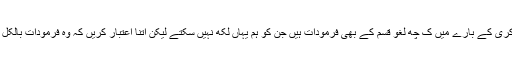
ا ن کے نوکری کے بارے میں ک چھ لغو قسم کے بھی فرمودات ہیں جن کو ہم یہاں لکھ نہیں سکتے لیکن اتنا اعتبار کریں کہ وہ فرمودات بالکل صحیح ہیں۔